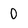
Character: 0